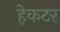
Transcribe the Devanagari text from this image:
हेकटर